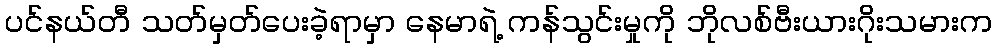
ပင်နယ်တီ သတ်မှတ်ပေးခဲ့ရာမှာ နေမာရဲ့ ကန်သွင်းမှုကို ဘိုလစ်ဗီးယားဂိုးသမားက